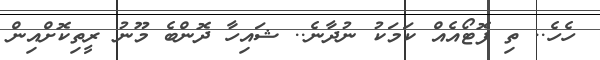
ހެހެ.. ތި ފޮޓޯއެއް ކަމަކު ނުދާނެ.. ޝައިހާ ދޮންބެ މޫނު ރީތިކޮށްއިން